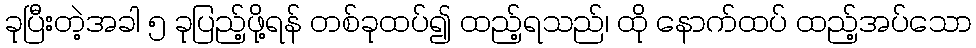
ခုပြီးတဲ့အခါ ၅ ခုပြည့်ဖို့ရန် တစ်ခုထပ်၍ ထည့်ရသည်၊ ထို နောက်ထပ် ထည့်အပ်သော